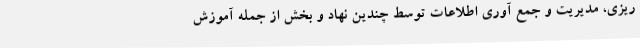
ریزی، مدیریت و جمع آوری اطلاعات توسط چندین نهاد و بخش از جمله آموزش